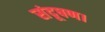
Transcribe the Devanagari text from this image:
संदूषण।